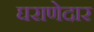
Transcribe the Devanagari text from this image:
घराणेदार